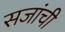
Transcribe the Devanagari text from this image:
सजांची